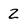
Character: Z